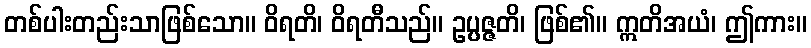
တစ်ပါးတည်းသာဖြစ်သော။ ဝိရတိ၊ ဝိရတီသည်။ ဥပ္ပဇ္ဇတိ၊ ဖြစ်၏။ ဣတိအယံ၊ ဤကား။